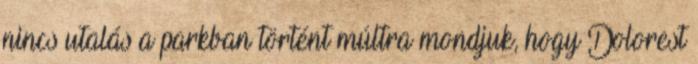
nincs utalás a parkban történt múltra mondjuk, hogy Dolorest